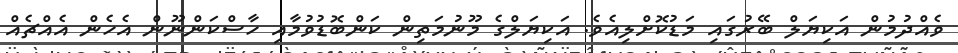
ވެއްދުމުން އަކިޔަލް ބޭރުގައި މަޑުކޮށްލިއެވެ. އަކިޔަލްގެ މޫނުމަތިން ކަންބޮޑުވުމާއި ހާސްކަންނޫން އެހެން އެއްޗެއް